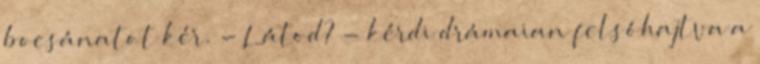
bocsánatot kér. - Látod? - kérdi drámaian felsóhajtva a